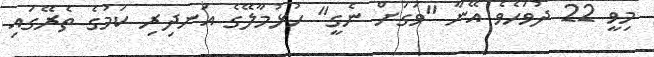
މިވީ 22 ދުވަހެވެ އޭނާ "ވަގަށް ނެގީ" ހުޅުމާލޭގެ އަނދިރި ކަމުގެ ތެރޭގައި